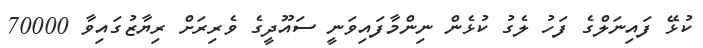
ކުޅޭ ފައިނަލްގެ ފަހު ލެގު ކުޅެން ނިންމާފައިވަނީ ސައޫދީގެ ވެރިރަށް ރިޔާޒުގައިވާ 70000